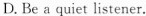
D.Be a quiet listener,